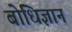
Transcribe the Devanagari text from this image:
बोधिज्ञान